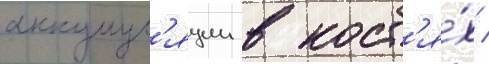
аккумул'яции в кост'я́х /